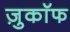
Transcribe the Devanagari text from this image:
ज़ुकाॅफ